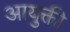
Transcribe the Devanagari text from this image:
आयुक्ती